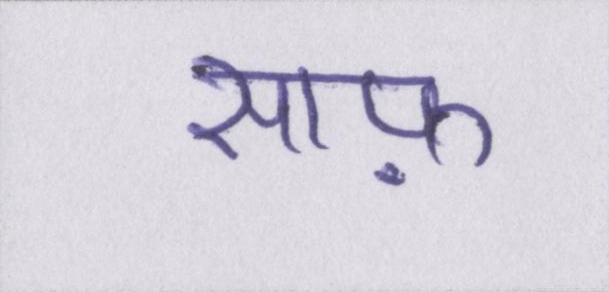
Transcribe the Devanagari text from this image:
साफ़